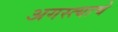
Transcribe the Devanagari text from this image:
अगस्त्याचे